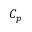
C _ { p }